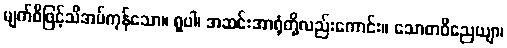
မျက်စိဖြင့်သိအပ်ကုန်သော။ ရူပါ၊ အဆင်းအာရုံတို့လည်းကောင်း။ သောတဝိညေယျာ၊